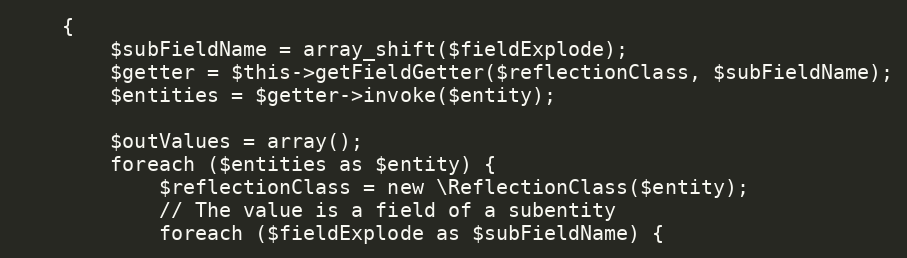
Language: PHP
    {
        $subFieldName = array_shift($fieldExplode);
        $getter = $this->getFieldGetter($reflectionClass, $subFieldName);
        $entities = $getter->invoke($entity);

        $outValues = array();
        foreach ($entities as $entity) {
            $reflectionClass = new \ReflectionClass($entity);
            // The value is a field of a subentity
            foreach ($fieldExplode as $subFieldName) {